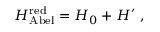
H _ { \mathrm { A b e l } } ^ { \mathrm { r e d } } = H _ { 0 } + H ^ { \prime } ~ ,